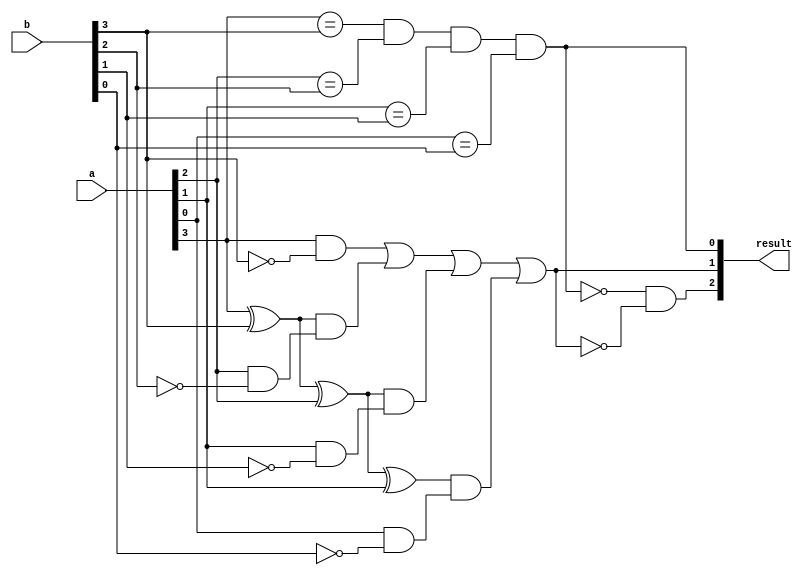
module four_bit_comparator(
    input [3:0] a,
    input [3:0] b,
    output [2:0] result
);

assign result[0] = (a[3] == b[3]) & (a[2] == b[2]) & (a[1] == b[1]) & (a[0] == b[0]);
assign result[1] = (a[3] & ~b[3]) | ((a[3] ^ b[3]) & (a[2] & ~b[2])) | ((a[3] ^ b[3] ^ a[2]) & (a[1] & ~b[1])) | ((a[3] ^ b[3] ^ a[2] ^ a[1]) & (a[0] & ~b[0]));
assign result[2] = ~result[0] & ~result[1];

endmodule